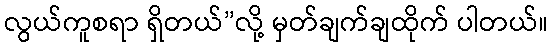
လွယ်ကူစရာ ရှိတယ်”လို့ မှတ်ချက်ချထိုက် ပါတယ်။